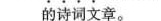
的诗词文章。